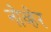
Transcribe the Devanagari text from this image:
नोव्हेर